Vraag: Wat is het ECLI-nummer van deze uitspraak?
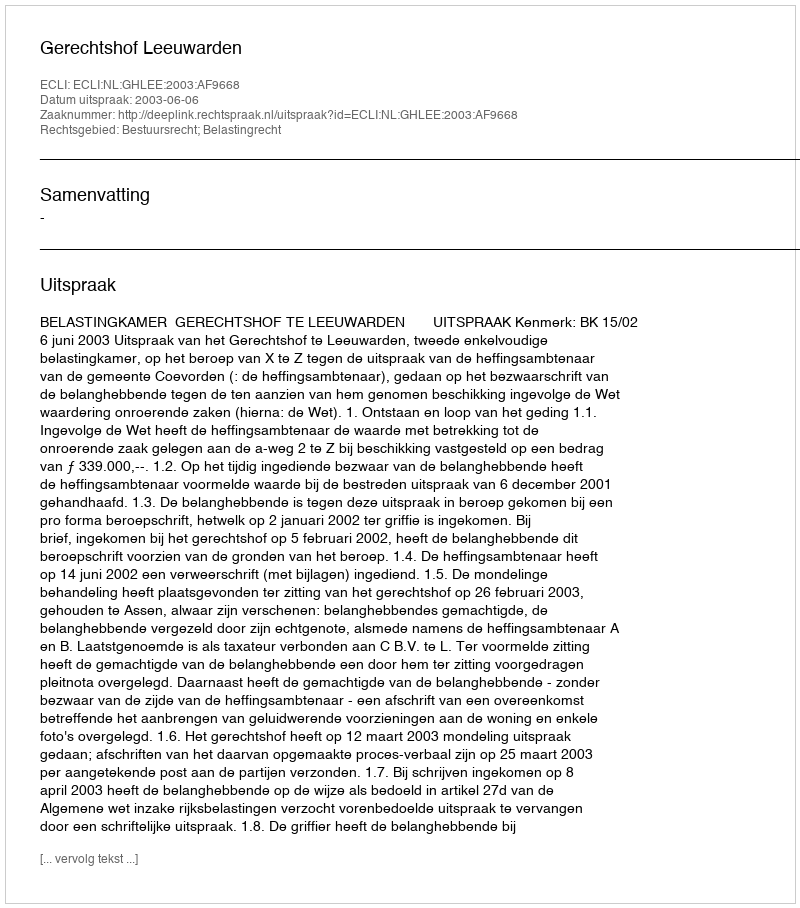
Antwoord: ECLI:NL:GHLEE:2003:AF9668